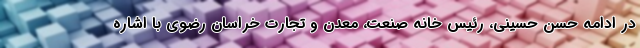
در ادامه حسن حسینی، رئیس خانه صنعت، معدن و تجارت خراسان رضوی با اشاره